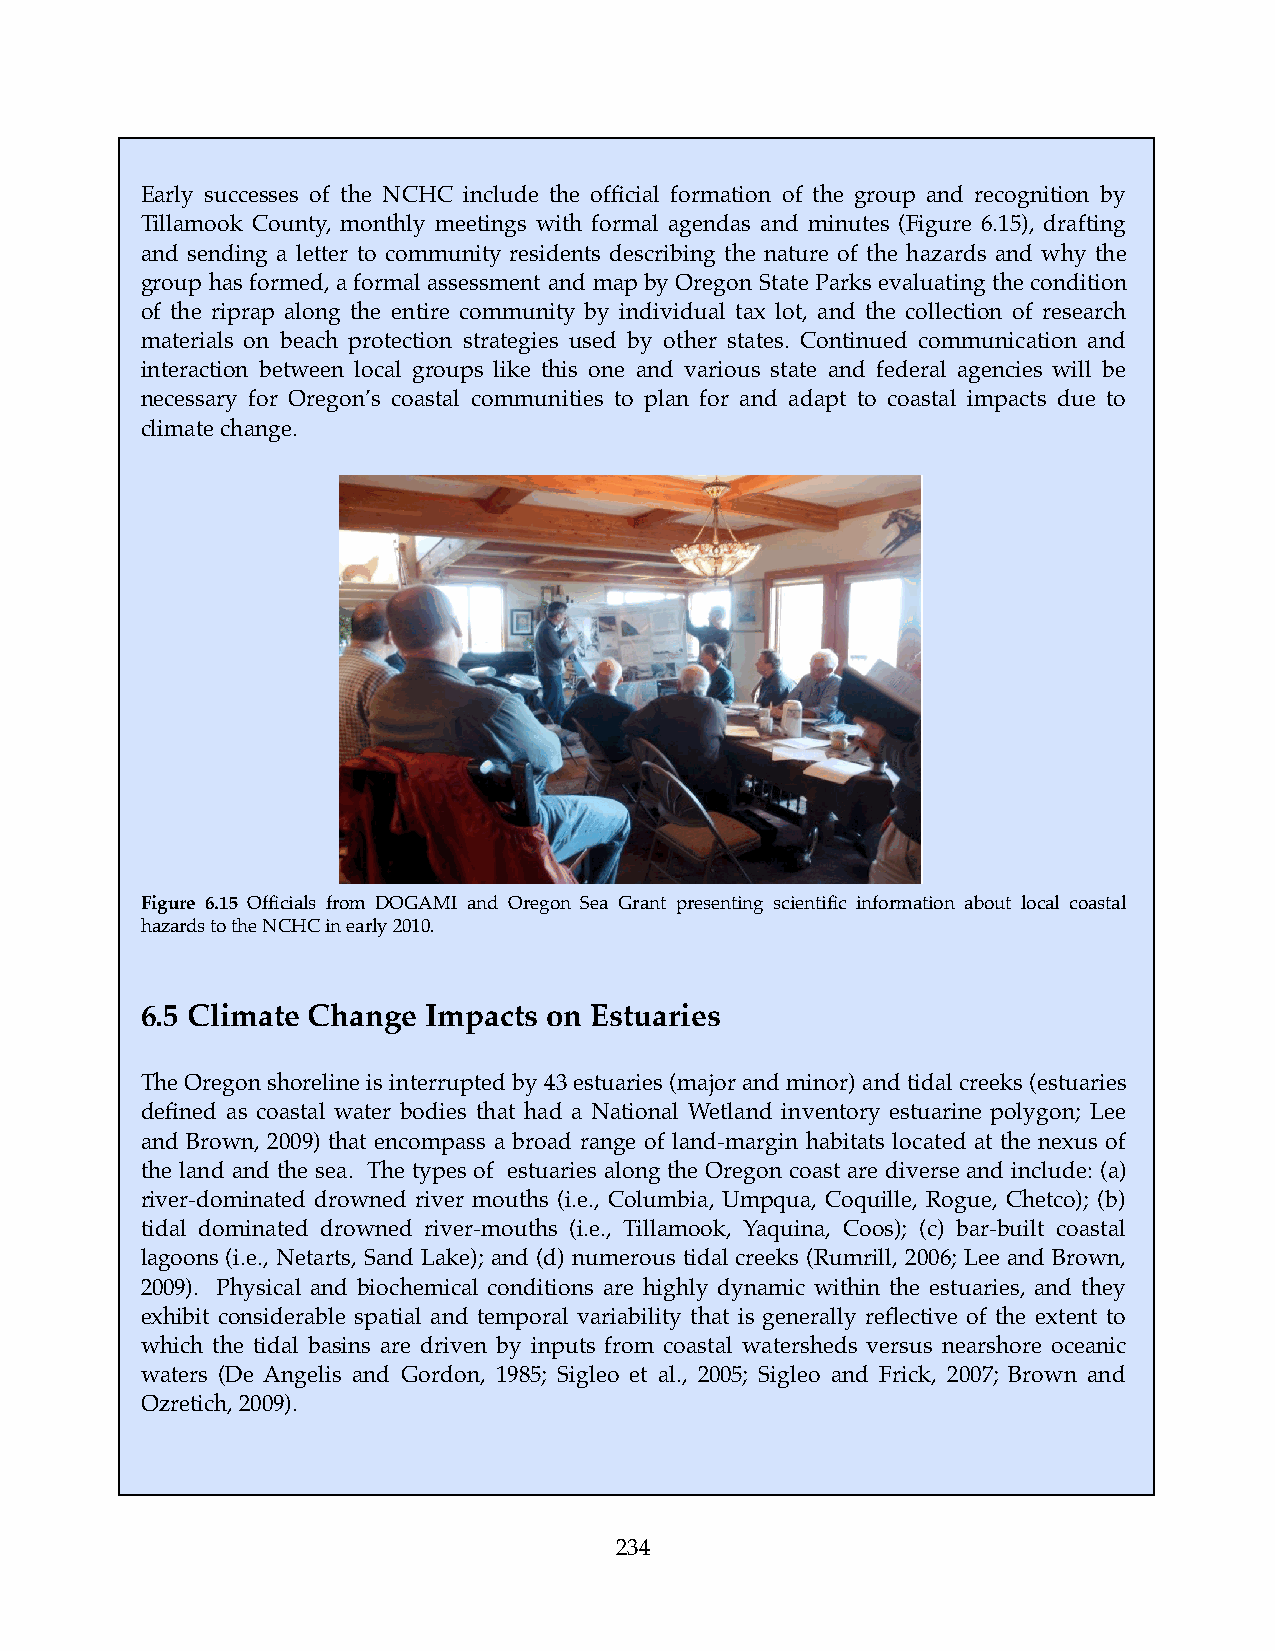
Early successes of the NCHC include the official formation of the group and recognition by
 Tillamook County, monthly meetings with formal agendas and minutes (Figure 6.15), drafting
 and sending a letter to community residents describing the nature of the hazards and why the
 group has formed, a formal assessment and map by Oregon State Parks evaluating the condition
 of the riprap along the entire community by individual tax lot, and the collection of research
 materials on beach protection strategies used by other states. Continued communication and
 interaction between local groups like this one and various state and federal agencies will be
 necessary for Oregon’s coastal communities to plan for and adapt to coastal impacts due to
 climate change.
 Figure 6.15 Officials from DOGAMI and Oregon Sea Grant presenting scientific information about local coastal
 hazards to the NCHC in early 2010.
 6.5 Climate Change Impacts on Estuaries
 The Oregon shoreline is interrupted by 43 estuaries (major and minor) and tidal creeks (estuaries
 defined as coastal water bodies that had a National Wetland inventory estuarine polygon; Lee
 and Brown, 2009) that encompass a broad range of land-margin habitats located at the nexus of
 the land and the sea. The types of estuaries along the Oregon coast are diverse and include: (a)
 river-dominated drowned river mouths (i.e., Columbia, Umpqua, Coquille, Rogue, Chetco); (b)
 tidal dominated drowned river-mouths (i.e., Tillamook, Yaquina, Coos); (c) bar-built coastal
 lagoons (i.e., Netarts, Sand Lake); and (d) numerous tidal creeks (Rumrill, 2006; Lee and Brown,
 2009). Physical and biochemical conditions are highly dynamic within the estuaries, and they
 exhibit considerable spatial and temporal variability that is generally reflective of the extent to
 which the tidal basins are driven by inputs from coastal watersheds versus nearshore oceanic
 waters (De Angelis and Gordon, 1985; Sigleo et al., 2005; Sigleo and Frick, 2007; Brown and
 Ozretich, 2009).
 234